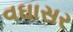
વઘાસર